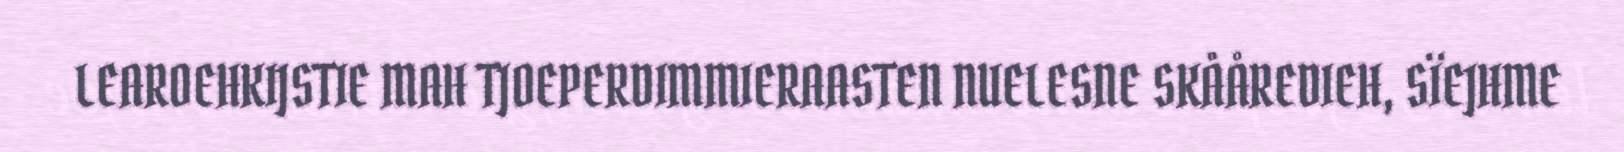
LEAROEHKIJSTIE MAH TJOEPERDIMMIERAASTEN NUELESNE SKÅÅREDIEH, SÏEJHME